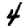
Digit: 4